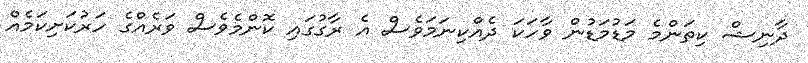
ދާނިޝް ކިތަންމެ މަޑުމަޑުން ވާހަކަ ދެއްކިނަމަވެސް އެ ރާގުގައި ކޮންމެވެސް ވަރެއްގެ ހަރުކަށިކަމެއް